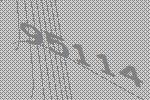
95114